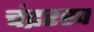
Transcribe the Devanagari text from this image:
चंद्ररख